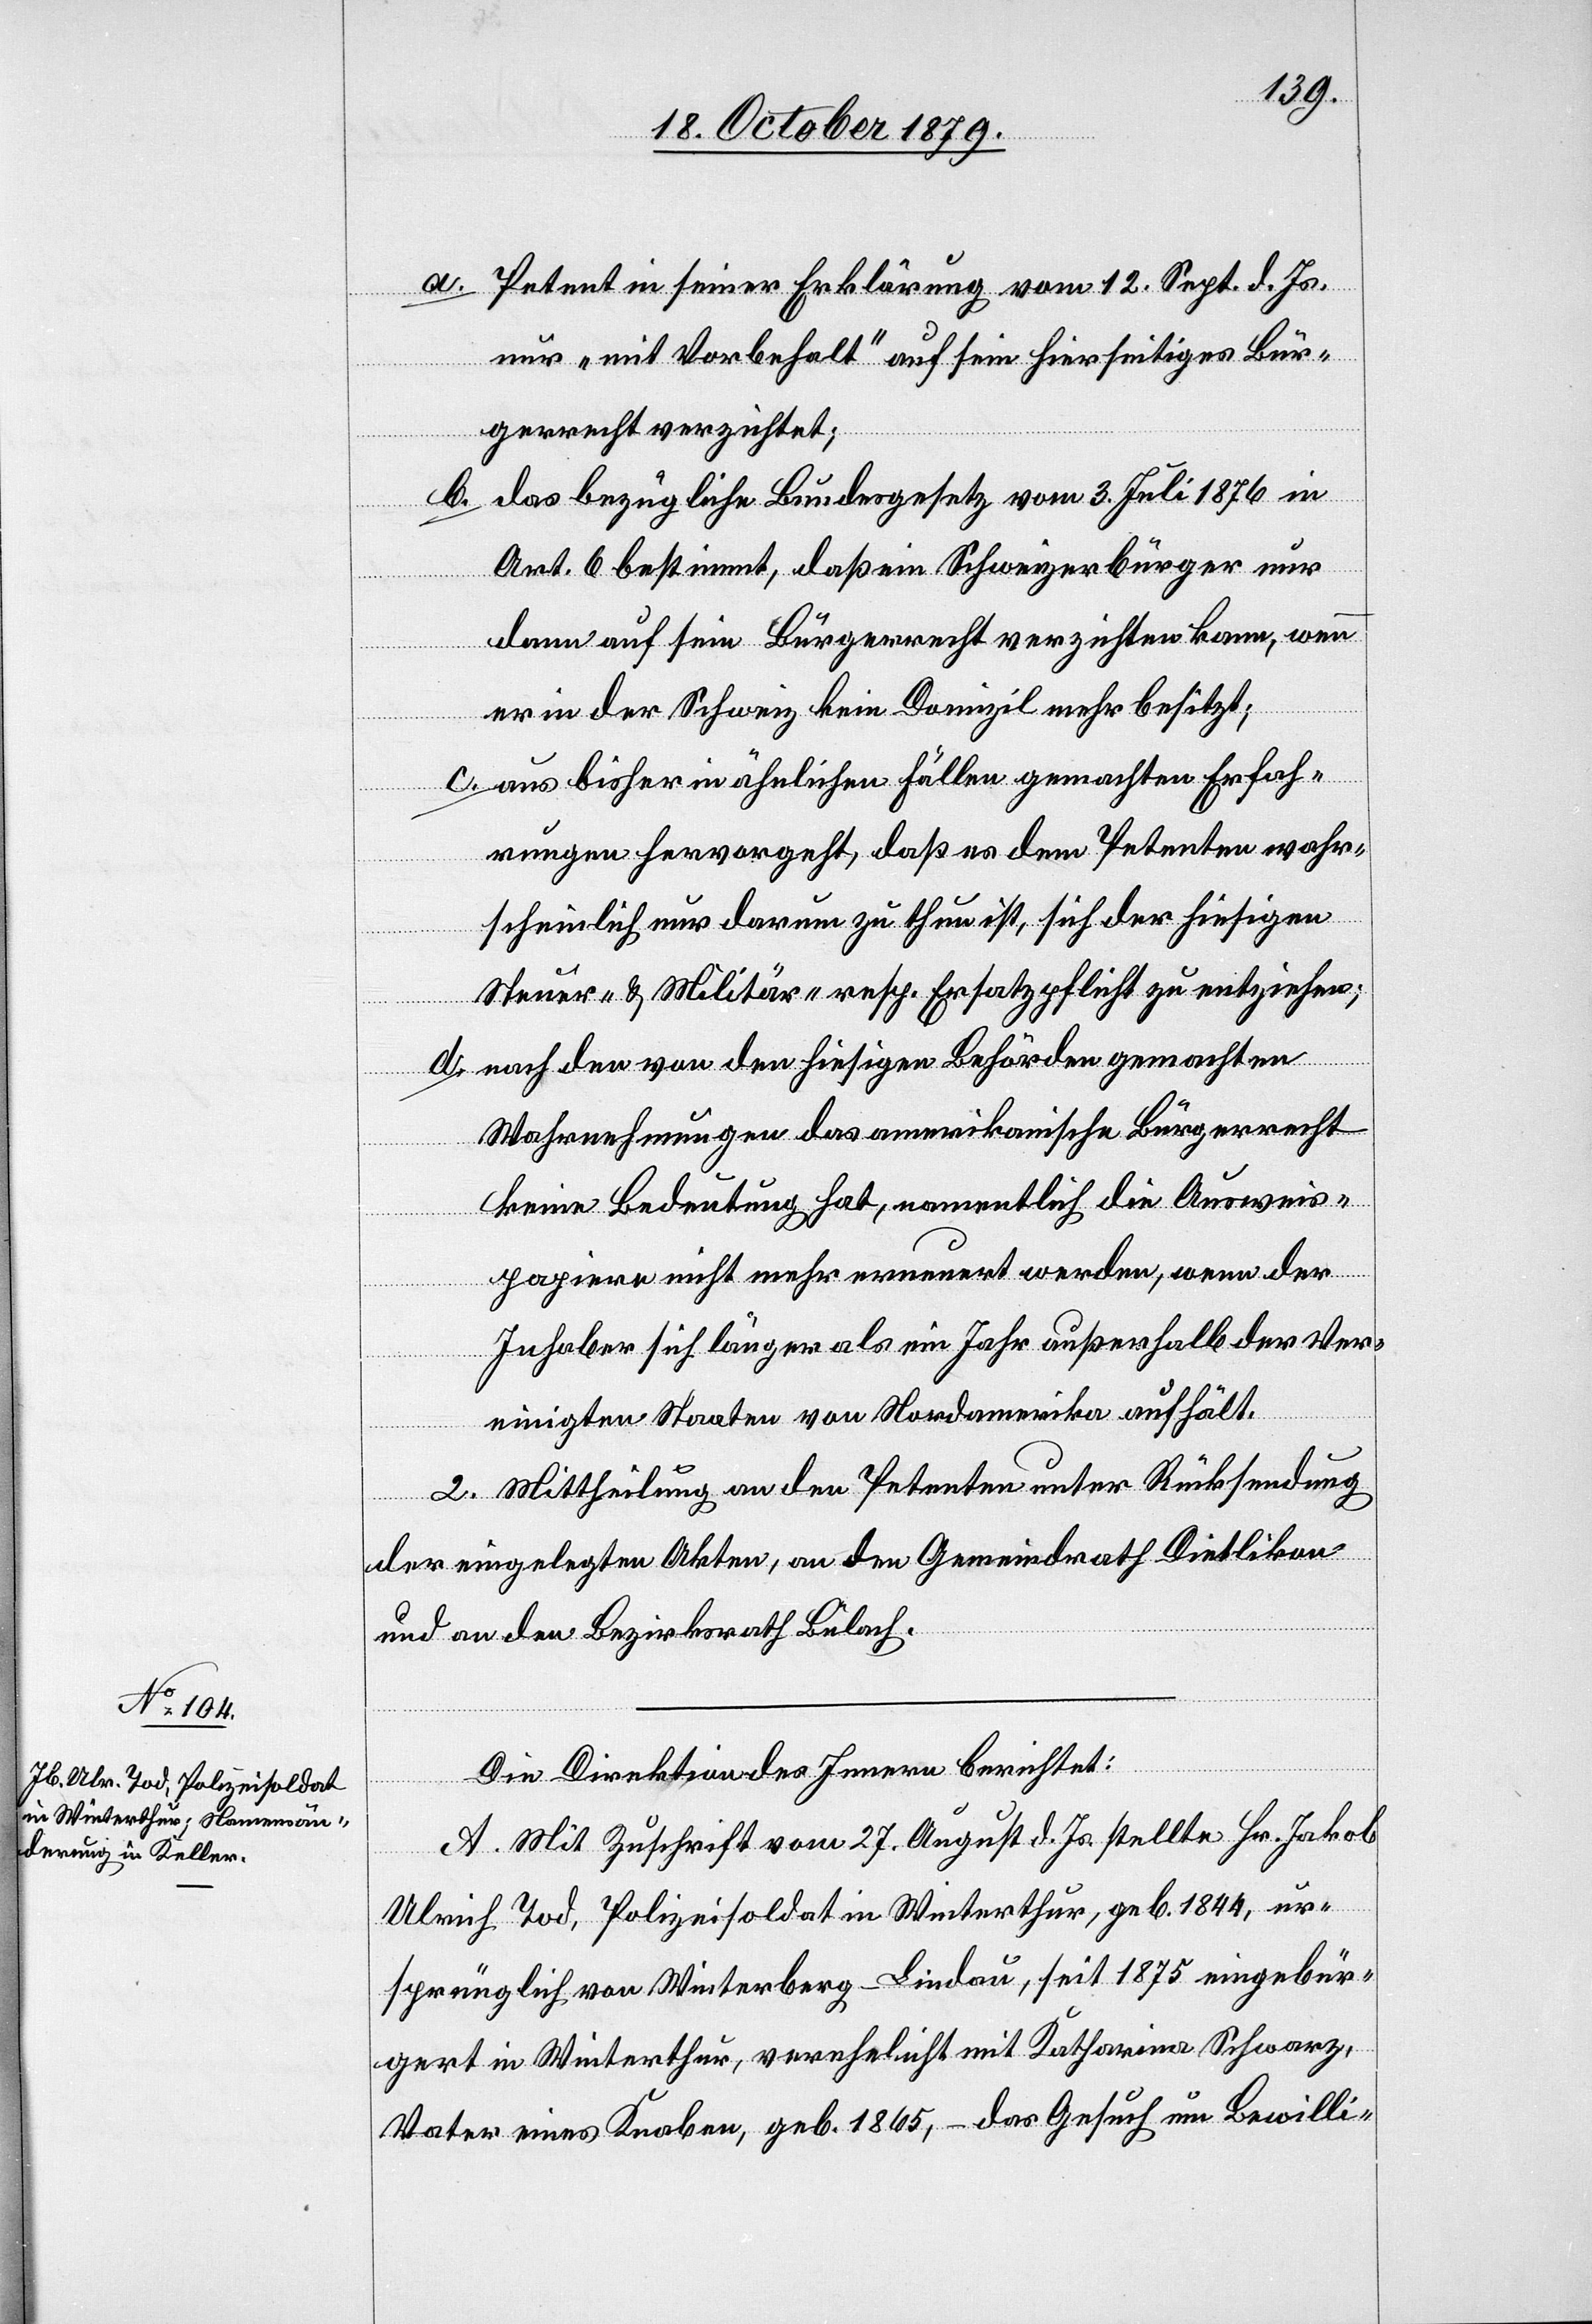
a. Petent in seiner Erklärung vom 12. Sept. d. Js.
nur „mit Vorbehalt“ auf sein hierseitiges Bür¬
gerrecht verzichtet;
b. das bezügliche Bundesgesetz vom 3. Juli 1876 in
Art. 6 bestimmt, daß ein Schweizerbürger nur
dann auf sein Bürgerrecht verzichten kann, wenn
er in der Schweiz kein Domizil mehr besitzt;
c. aus bisher in ähnlichen Fällen gemachten Erfah¬
rungen hervorgeht, daß es dem Petenten wahr¬
scheinlich nur darum zu thun ist, sich der hiesigen
Steuer- & Militär- resp. Ersatzpflicht zu entziehen;
d. nach den von den hiesigen Behörden gemachten
Wahrnehmungen das amerikanische Bürgerrecht
keine Bedeutung hat, namentlich die Ausweis¬
papiere nicht mehr erneuert werden, wenn der
Inhaber sich länger als ein Jahr außerhalb der Ver¬
einigten Staaten von Nordamerika aufhält.
2. Mittheilung an den Petenten unter Rücksendung
der eingelegten Akten, an den Gemeindrath Dietlikon
und an den Bezirksrath Bülach.
Die Direktion des Innern berichtet:
A. Mit Zuschrift vom 27. August d. Js stellte Hr. Jakob
Ulrich Tod, Polizeisoldat in Winterthur, geb. 1844, ur¬
sprünglich von Winterberg - Lindau, seit 1875 eingebür¬
gert in Winterthur, verehelicht mit Katharina Schwarz,
Vater eines Knaben, geb. 1865, – das Gesuch um Bewilli-